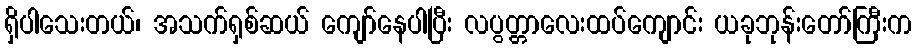
ရှိပါသေးတယ်၊ အသက်ရှစ်ဆယ် ကျော်နေပါပြီး လပွတ္တာလေးထပ်ကျောင်း ယခုဘုန်းတော်ကြီးက